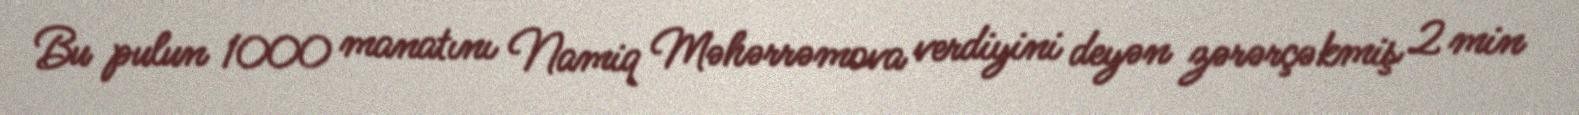
Bu pulun 1000 manatını Namiq Məhərrəmova verdiyini deyən zərərçəkmiş 2 min